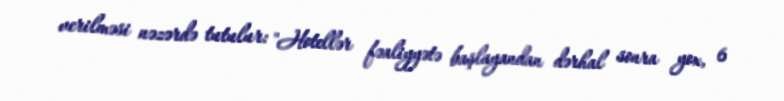
verilməsi nəzərdə tutulur: "Hotellər fəaliyyətə başlayandan dərhal sonra yox, 6